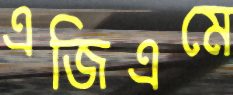
এজিএমে